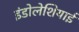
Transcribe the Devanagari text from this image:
इंडोलेशियाई